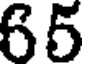
65